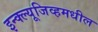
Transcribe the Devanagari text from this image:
इन्क्ल्यूजिव्हमधील